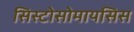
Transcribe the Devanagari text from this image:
सिस्टोसोमायसिस